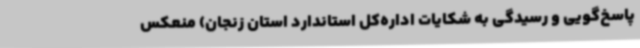
پاسخ‌گویی و رسیدگی به شکایات اداره‌کل استاندارد استان زنجان) منعکس